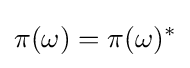
\pi (\omega )=\pi (\omega )^{*}